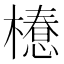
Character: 𣜚